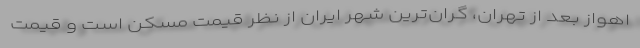
اهواز بعد از تهران، گران‌ترین شهر ایران از نظر قیمت مسکن است و قیمت